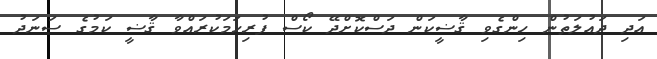
އަދި ދައުލަތުން ހިންގެވި ޤާޟީކަން ދަސްކޮށްދޭ ކޯސް ފުރިހަމަކުރައްވާ ޤާޟީ ކަމުގެ ސަނަދު